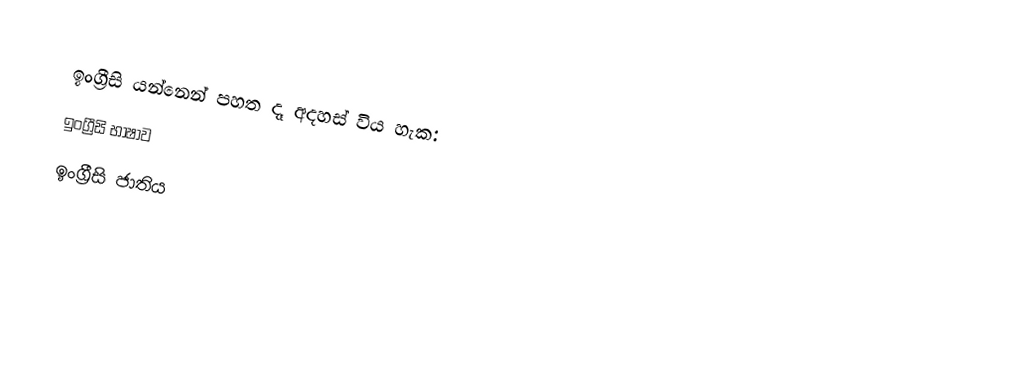
ඉංග්‍රීසි යන්නෙන් පහත දෑ අදහස් විය හැක:
 ඉංග්‍රීසි භාෂාව
 ඉංග්‍රීසි ජාතිය